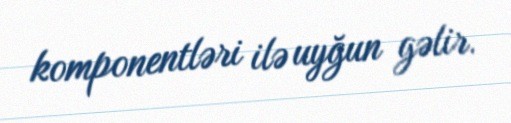
komponentləri ilə uyğun gəlir.